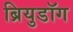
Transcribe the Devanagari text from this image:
ब्रियुडॉग